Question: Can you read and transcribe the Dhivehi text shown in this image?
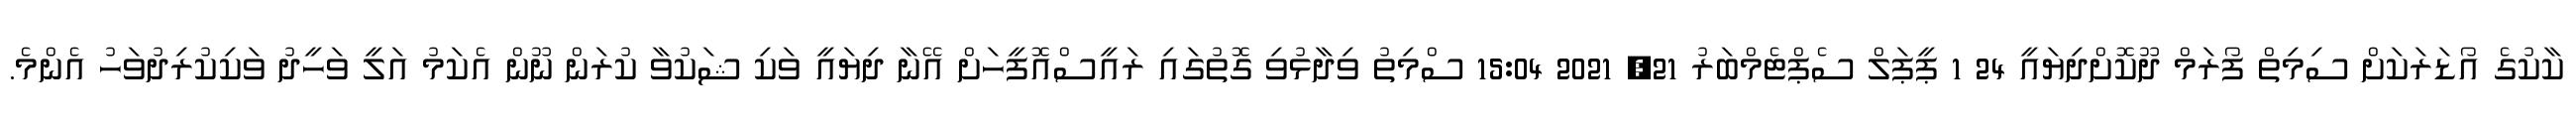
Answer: ކާކުގެ އޯޑަރަކަށް ސިމިތް ފޯރަމް ދޫކޮށްދިޔައީ 24 1 ޕީޕަލް ސެޕްޓެމްބަރު 21, 2021 15:04 ސްމިތު ވިދާޅުވި ގޮތުގައި ރައީސްއޮފީހަށް އޭނާ ދިޔައީ ވަކި ޝަކުވާ ކުރަން ނޫން އެކަމު އަލީ ވަހީދު ވަކިކުރިދުވަހު އެންމެ.